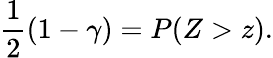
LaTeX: {\frac{1}{2}}(1-\gamma)=P(Z>z).